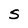
Character: S